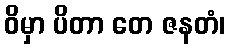
ဝိမှာ ပိတာ တေ ဇနတံ၊